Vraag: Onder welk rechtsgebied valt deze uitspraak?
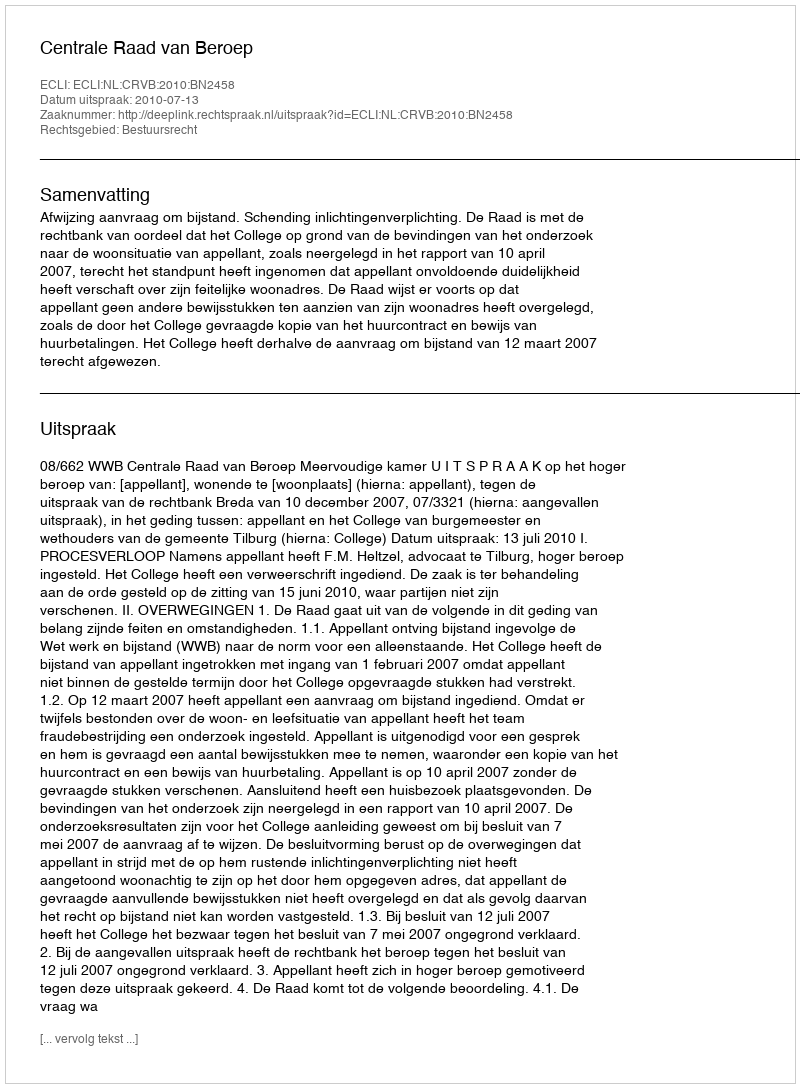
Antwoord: Bestuursrecht